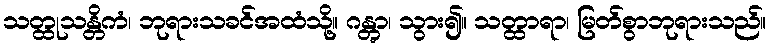
သတ္ထုသန္တိကံ၊ ဘုရားသခင်အထံသို့။ ဂန္တွာ၊ သွား၍။ သတ္ထာရာ၊ မြတ်စွာဘုရားသည်။